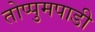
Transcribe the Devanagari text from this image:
तोप्पुमपाडी